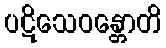
ပဋိသေဝန္တောတိ